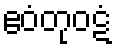
ဧဝံတုဝဋံ